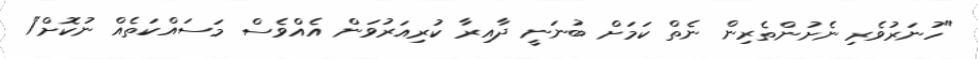
"ހުނަރުވެރި ނެށުންތެރިން ނެތް ކަމަށް ބުނަނީ ދާއިރާ ކުރިއަރުވަން އެއްވެސް މަސައްކަތެއް ނުކޮށް"1